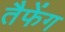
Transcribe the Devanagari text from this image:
तैफेंग